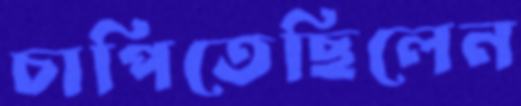
চাপিতেছিলেন